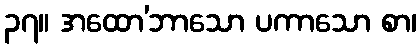
၃၇။ အထော’ဘာသော ပကာသော စာ၊